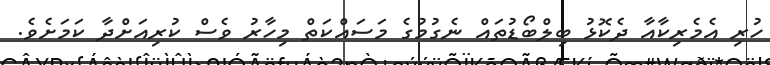
ހުރި އެމެރިކާއާ ދެކޮޅު ބިލްބޯޑުތައް ނެގުމުގެ މަސައްކަތް މިހާރު ވެސް ކުރިއަށްދާ ކަމަށެވެ.